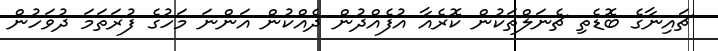
ޗައިނާގެ ބޮޑެތި ޗެނަލްތަކުން ކޮރެއާ އުފެއްދުން ދެއްކުން އަންނަ މަހުގެ ފުރަތަމަ ދުވަހުން